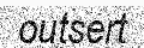
outsert